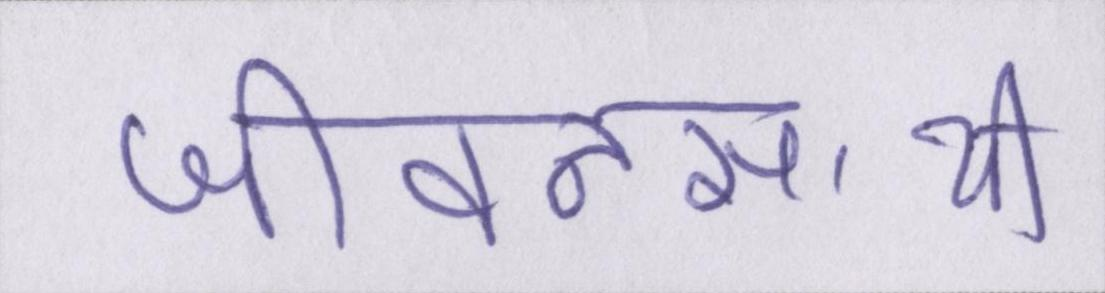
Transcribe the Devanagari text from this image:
जीवनसाथी